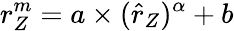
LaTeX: r_{Z}^{m}=a\times(\hat{r}_{Z})^{\alpha}+b